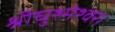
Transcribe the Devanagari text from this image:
श्रीघुश्मेश्वर।